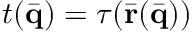
t ( \bar { \bf q } ) = \tau ( \bar { \bf r } ( \bar { \bf q } ) )